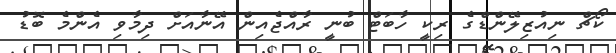
ކޯޗް ނިއުޒިލޭންޑްގެ ރިކީ ހާބަޓް ބުނީ ރާއްޖެއިން އޭނާއަށް ދިމާވި އެންމެ ބޮޑު